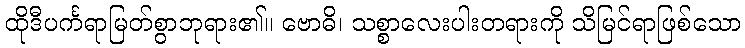
ထိုဒီပင်္ကရာမြတ်စွာဘုရား၏။ ဗောဓိ၊ သစ္စာလေးပါးတရားကို သိမြင်ရာဖြစ်သော